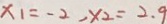
x _ { 1 } = - 2 , x _ { 2 } = 2 . 9